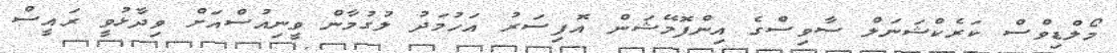
މޯލްޑިވްސް ކަރެކްޝަނަލް ސާވިސްގެ އިންފޮމޭޝަން އޮފިސަރު އަހުމަދު ލުގުމާން ވީނިއުސްއަށް ވިދާޅުވީ ރައީސް